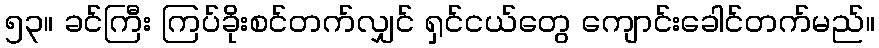
၅၃။ ခင်ကြီး ကြပ်ခိုးစင်တက်လျှင် ရှင်ငယ်တွေ ကျောင်းခေါင်တက်မည်။